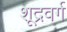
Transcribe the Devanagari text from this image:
शूद्रवर्ग